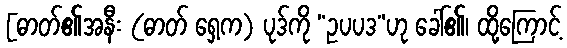
[ဓာတ်၏အနီး (ဓာတ် ရှေ့က) ပုဒ်ကို “ဥပပဒ”ဟု ခေါ်၏၊ ထို့ကြောင့်